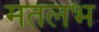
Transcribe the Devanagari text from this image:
मतलभ